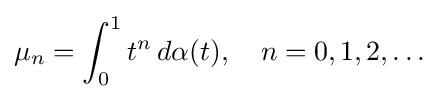
\mu _{n}=\int _{0}^{1}t^{n}\,d\alpha (t),\quad n=0,1,2,\ldots